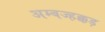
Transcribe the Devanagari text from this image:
अम्बज्हक्कड़